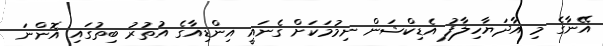
އޭނާގެ މި އާދަޔާހިލާފު އެޑިކްޝަން ނިމުމަކަށް ގެނައީ އިންޑިއާގެ އުތުރު ބިތުގައި އޮންނަ